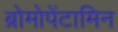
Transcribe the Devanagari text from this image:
ब्रोमोपेंटामिन